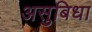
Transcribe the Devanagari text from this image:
असुबिधा